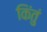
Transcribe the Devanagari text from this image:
किंतुं